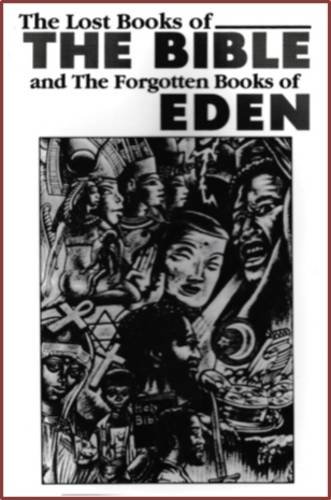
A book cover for The Lost Books of The Bible and The Forgotten Books of Eden; Christian Books & Bibles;